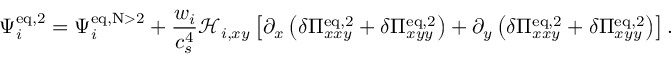
\Psi _ { i } ^ { \mathrm { e q , 2 } } = \Psi _ { i } ^ { \mathrm { e q , N > 2 } } + \frac { w _ { i } } { c _ { s } ^ { 4 } } \mathcal { H } _ { i , x y } \left[ \partial _ { x } \left( \delta \Pi _ { x x y } ^ { \mathrm { e q , 2 } } + \delta \Pi _ { x y y } ^ { \mathrm { e q , 2 } } \right) + \partial _ { y } \left( \delta \Pi _ { x x y } ^ { \mathrm { e q , 2 } } + \delta \Pi _ { x y y } ^ { \mathrm { e q , 2 } } \right) \right] .